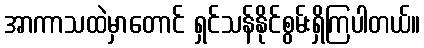
အာကာသထဲမှာတောင် ရှင်သန်နိုင်စွမ်းရှိကြပါတယ်။